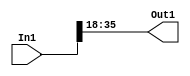
module velocityControlHdl_Maintain_Range_block1
          (
           In1,
           Out1
          );


  input   signed [35:0] In1;  // sfix36_En46
  output  signed [17:0] Out1;  // sfix18_En28


  wire signed [17:0] Data_Type_Conversion_out1;  // sfix18_En28


  // <S28>/Data Type Conversion
  assign Data_Type_Conversion_out1 = In1[35:18];



  assign Out1 = Data_Type_Conversion_out1;

endmodule